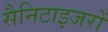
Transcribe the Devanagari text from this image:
सैनिटाइजरों